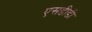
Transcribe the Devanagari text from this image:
एसडीडी